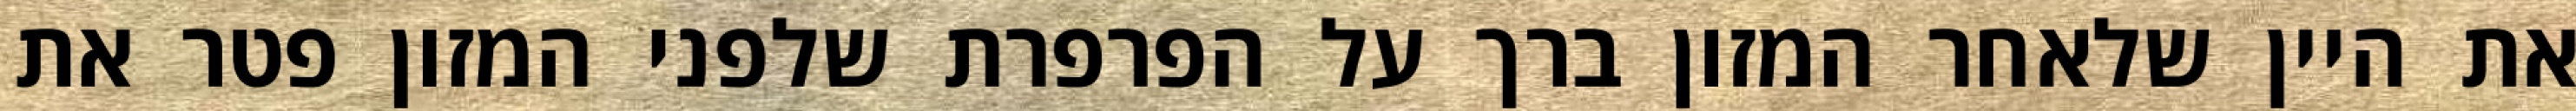
את היין שלאחר המזון ברך על הפרפרת שלפני המזון פטר את